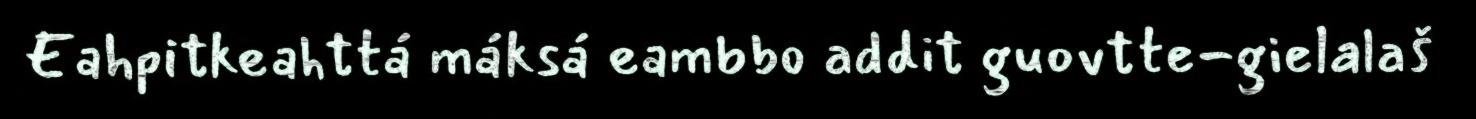
Eahpitkeahttá máksá eambbo addit guovtte-gielalaš